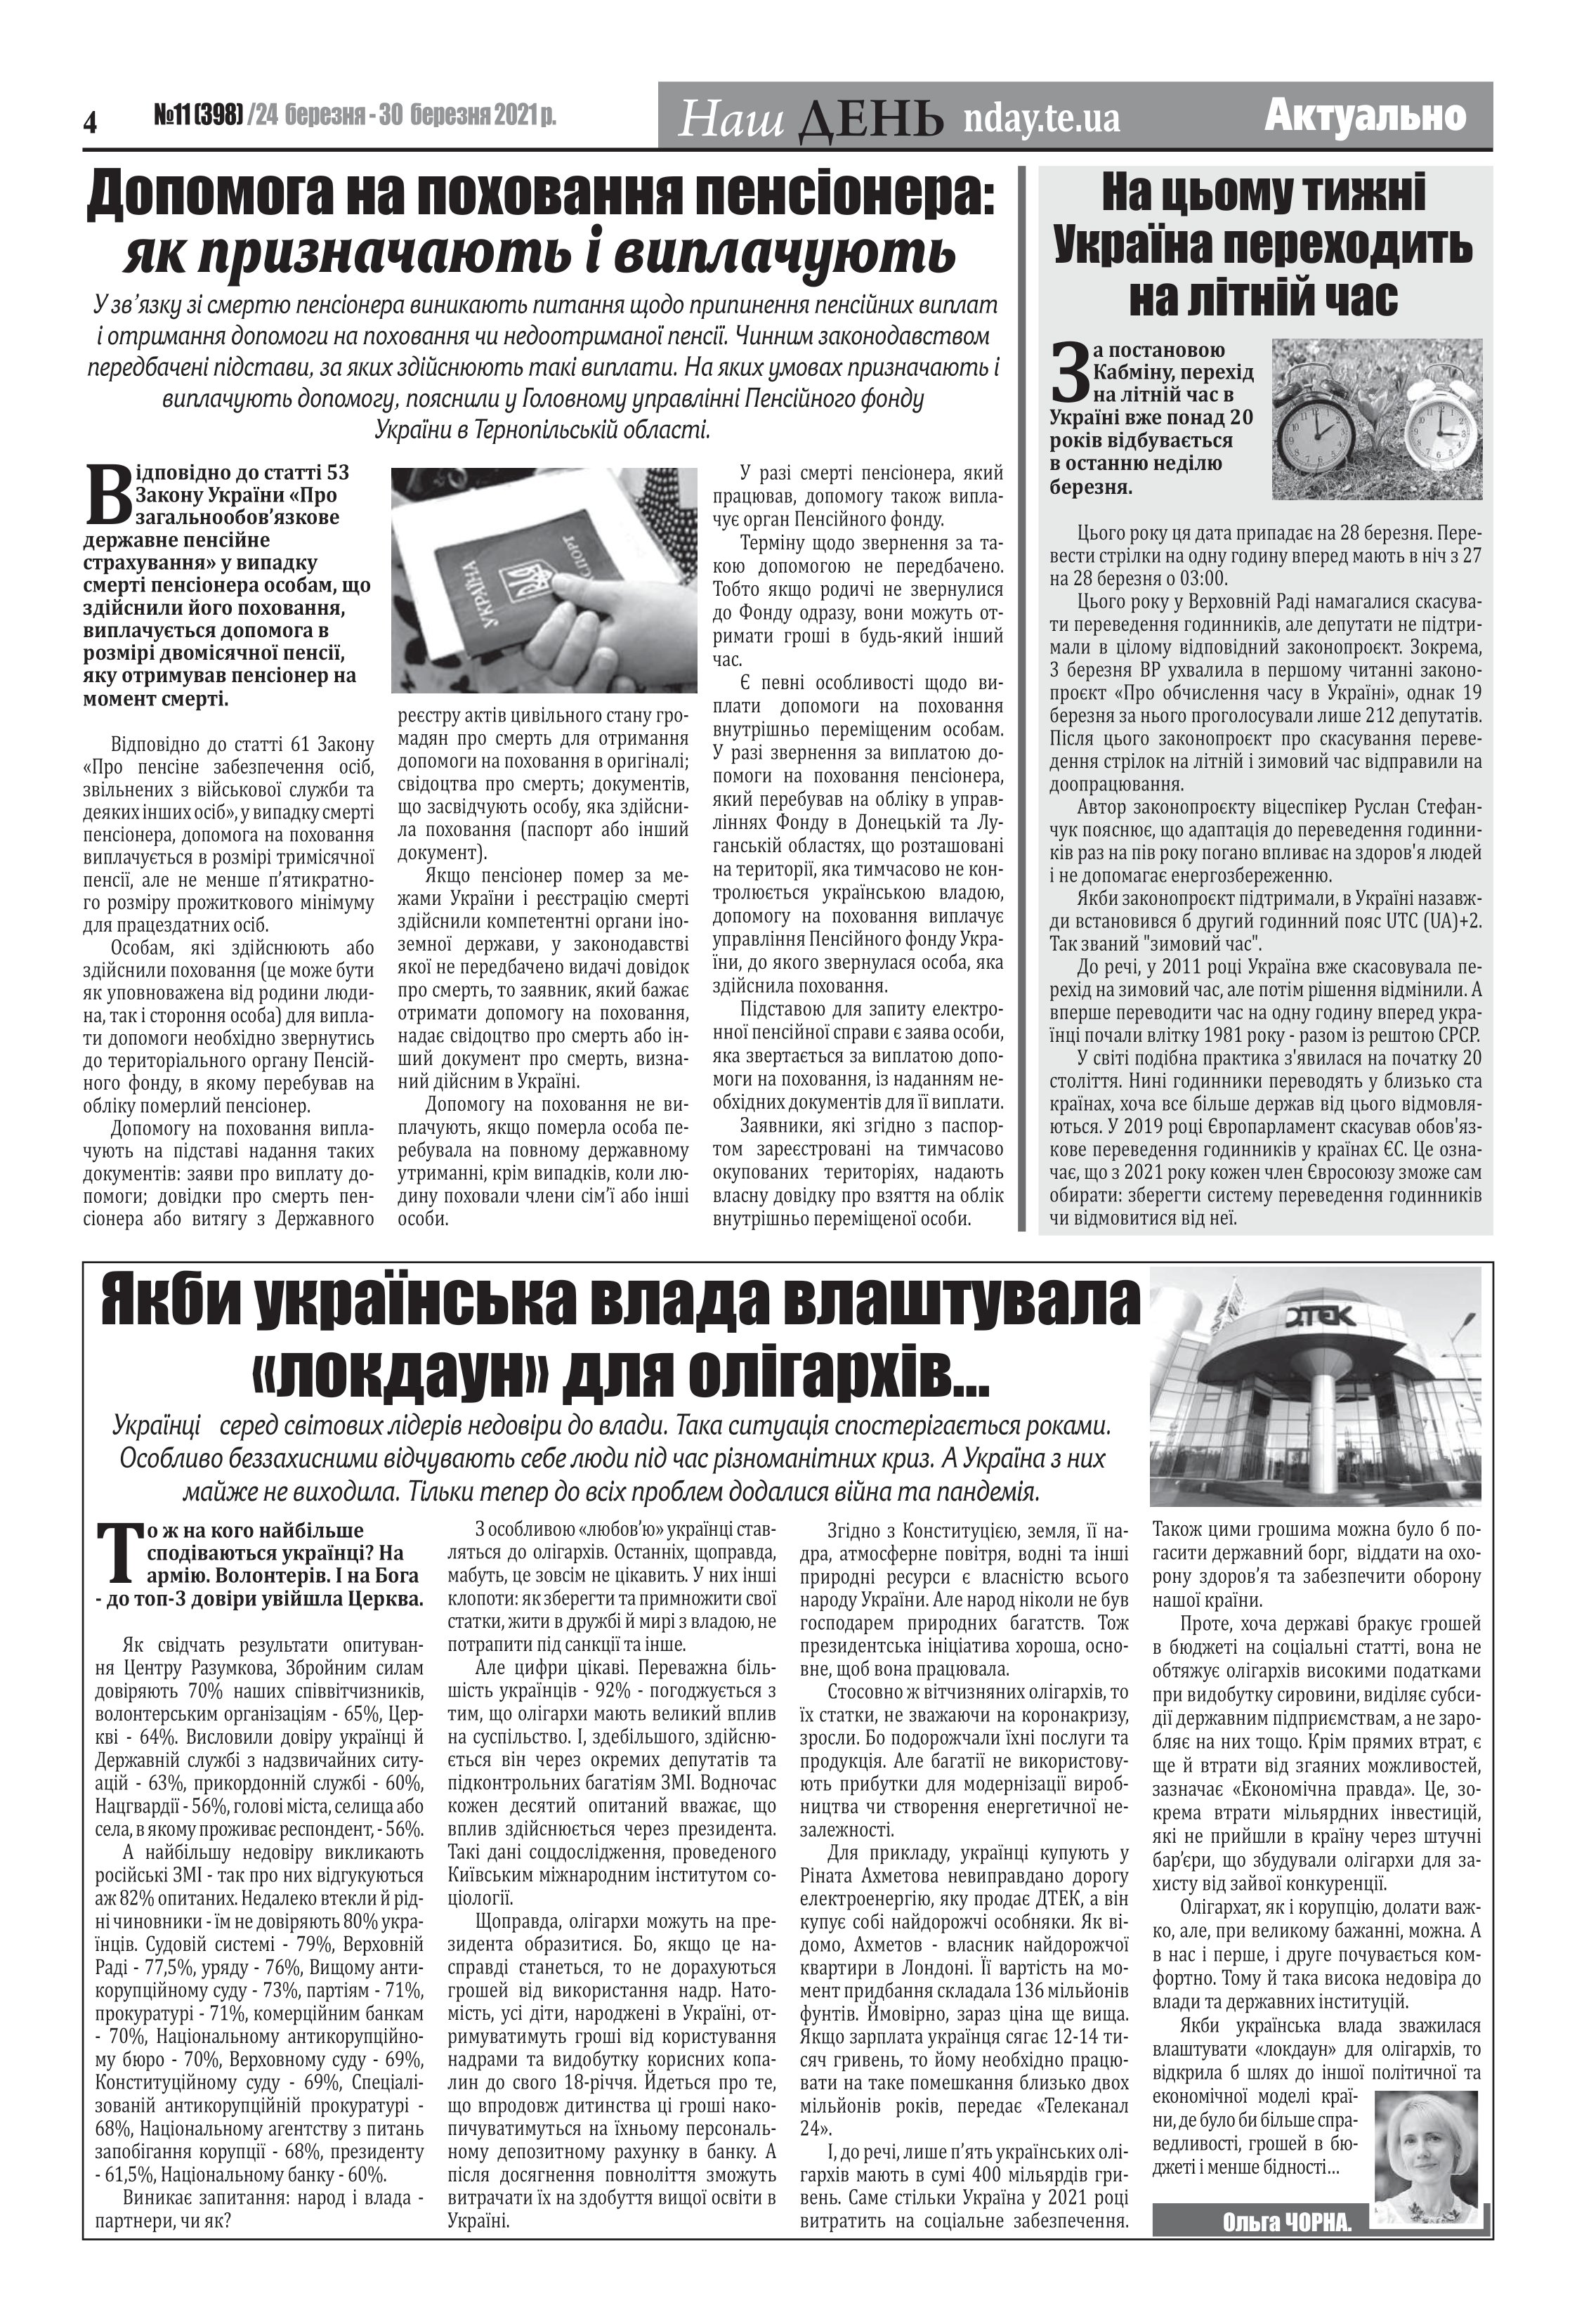
Language: uk